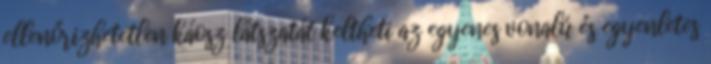
ellenőrizhetetlen káosz látszatát keltheti az egyenes vonalú és egyenletes